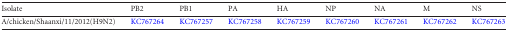
| Isolate | PB2 | PB1 | PA | HA | NP | NA | M | NS |
 | --- | --- | --- | --- | --- | --- | --- | --- | --- |
 | A/chicken/Shaanxi/11/2012(H9N2) | KC767264 | KC767257 | KC767258 | KC767259 | KC767260 | KC767261 | KC767262 | KC767263 |